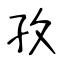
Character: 孜